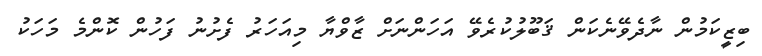
ބިޒީކަމުން ނާދެވޭނެކަން ޤަބޫލުކުރެވޭ އަހަންނަށް ޒާވްޔާ މިއަހަރު ފެށުނު ފަހުން ކޮންމެ މަހަކު